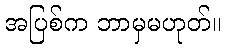
အပြစ်က ဘာမှမဟုတ်။